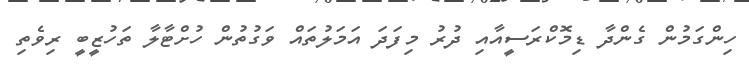
ހިންގަމުން ގެންދާ ޑިމޮކްރަސީއާއި ދުރު މިފަދަ އަމަލުތައް ވަގުތުން ހުށްޓާލާ ތަހުޒީބީ ރިވެތި